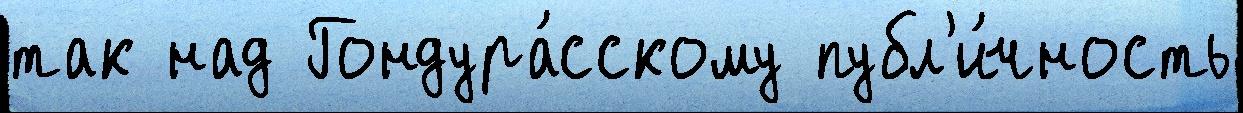
так над Гондура́сскому публ'и́чность